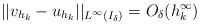
LaTeX: \begin{align*} ||v_{h_k} - u_{h_k}||_{L^\infty(I_\delta)} = O_\delta(h_k^\infty)\end{align*}